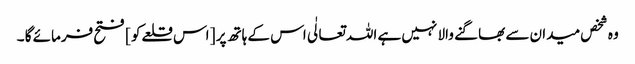
وہ شخص میدان سے بھاگنے والا نہیں ہے اللہ تعالٰی اس کے ہاتھ پر [ اس قلعےکو ] فتح فرمائے گا ۔